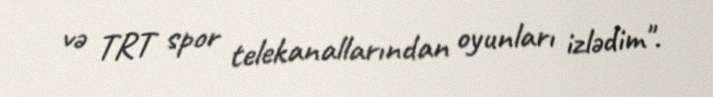
və TRT spor telekanallarından oyunları izlədim".